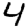
Digit: 4